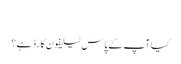
‬
‫کیا آپ کے پاس ٹیلیفون کارڈ ہے؟